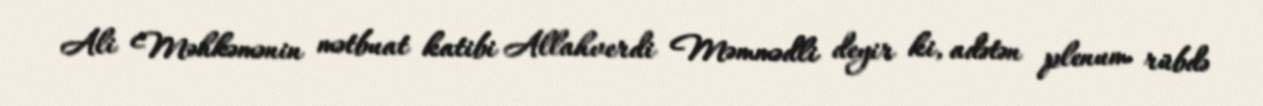
Ali Məhkəmənin mətbuat katibi Allahverdi Məmmədli deyir ki, adətən plenum rübdə